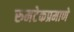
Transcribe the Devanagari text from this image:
रुमटेकप्रमाणे